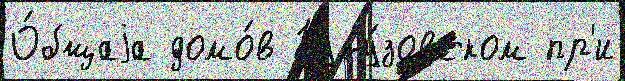
О́бщаjа домо́в Куту́зовском пр'и